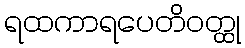
ရထကာရပေတိဝတ္ထု